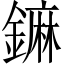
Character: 𨬈